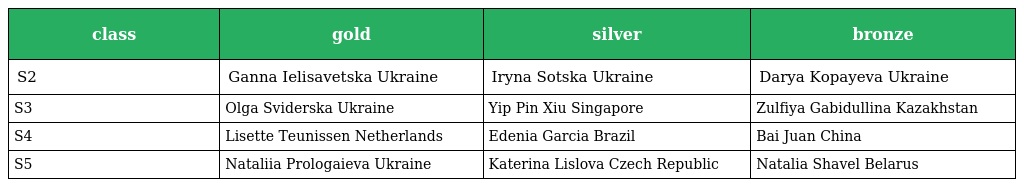
| class | gold | silver | bronze |
 | --- | --- | --- | --- |
 | S2 | Ganna Ielisavetska Ukraine | Iryna Sotska Ukraine | Darya Kopayeva Ukraine |
 | S3 | Olga Sviderska Ukraine | Yip Pin Xiu Singapore | Zulfiya Gabidullina Kazakhstan |
 | S4 | Lisette Teunissen Netherlands | Edenia Garcia Brazil | Bai Juan China |
 | S5 | Nataliia Prologaieva Ukraine | Katerina Lislova Czech Republic | Natalia Shavel Belarus |